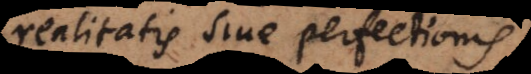
realitatis sive perfectionis.